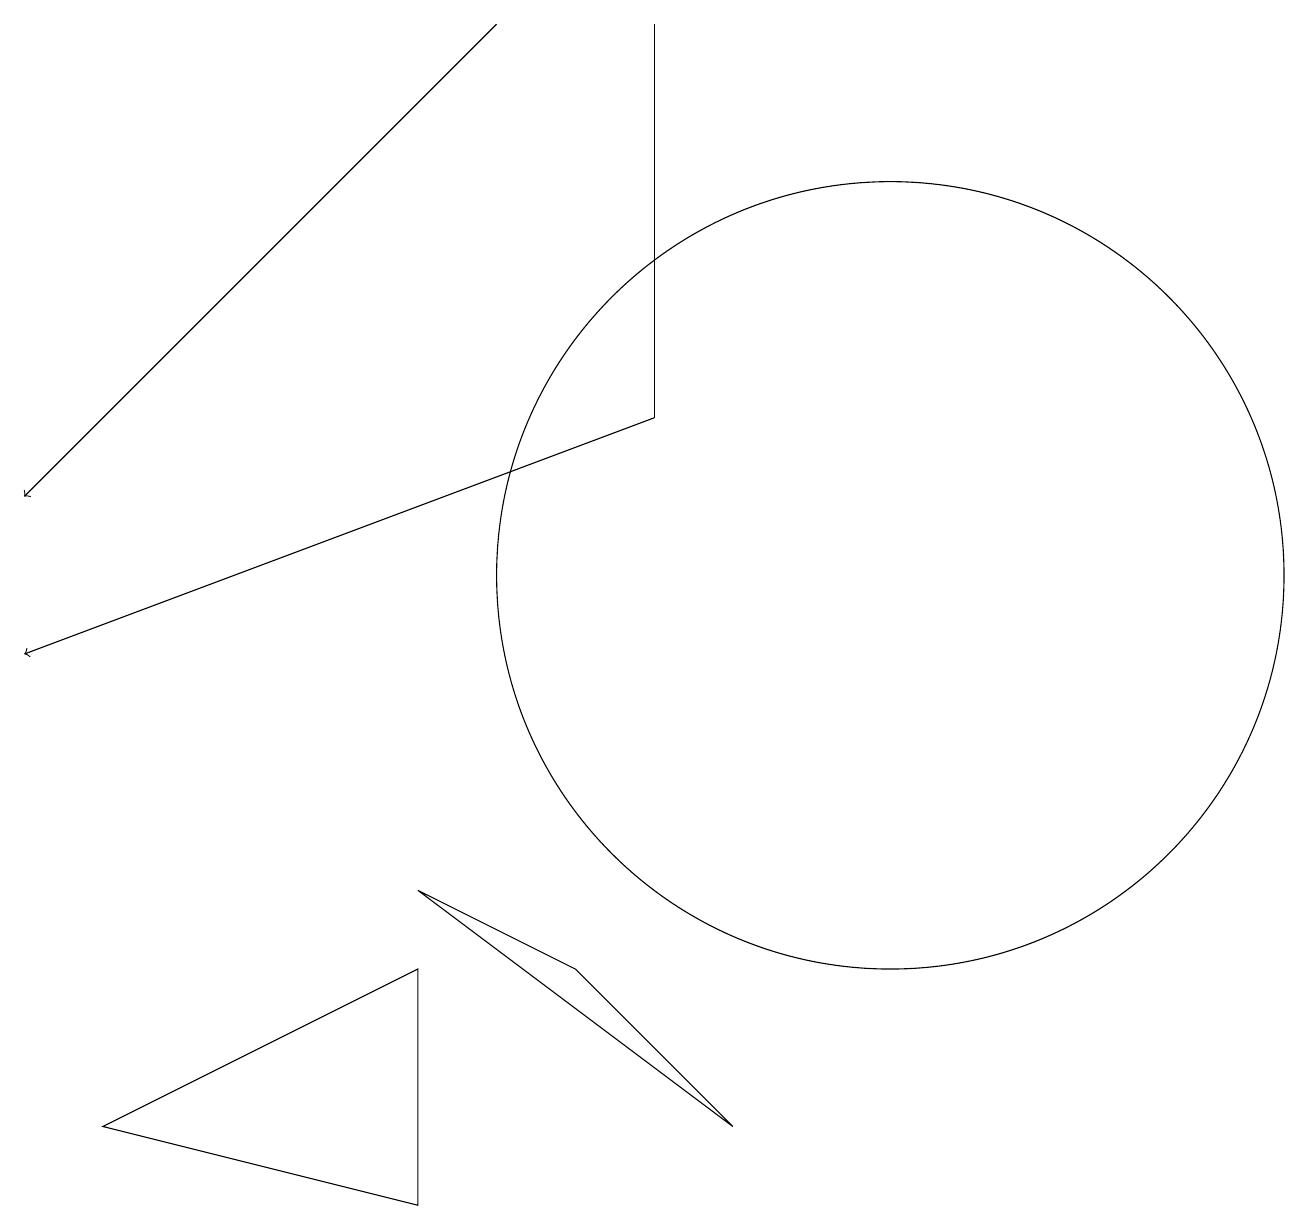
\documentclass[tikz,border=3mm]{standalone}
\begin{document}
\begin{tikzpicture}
\draw (8,13) rectangle (8,18);
\draw (11,11) circle (5);
\draw[->] (8,13) -- (0,10);
\draw (7,6) -- (5,7) -- (9,4) -- cycle;
\draw[->] (6,18) -- (0,12);
\draw (1,4) -- (5,3) -- (5,6) -- cycle;
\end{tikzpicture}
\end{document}